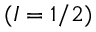
( I = 1 / 2 )